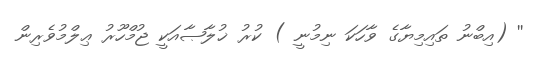
'' (އިބްނު ތައިމިޔާގެ ވާހަކަ ނިމުނީ ) ކުރު ޚުލާޞާއަކީ ޖުމްހޫރު ޢިލްމުވެރިން